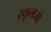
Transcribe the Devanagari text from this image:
स्कूलजो